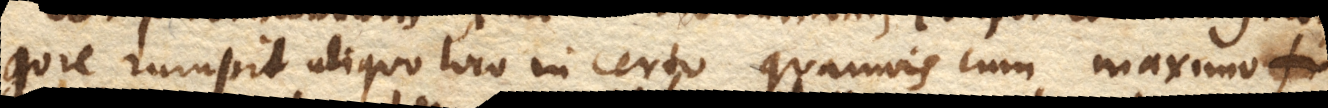
gore rumpit aliquo loco incerto quamvis cum maximo fi–